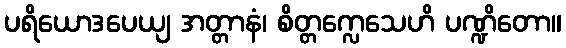
ပရိယောဒပေယျ အတ္တာနံ၊ စိတ္တက္လေသေဟိ ပဏ္ဍိတော။